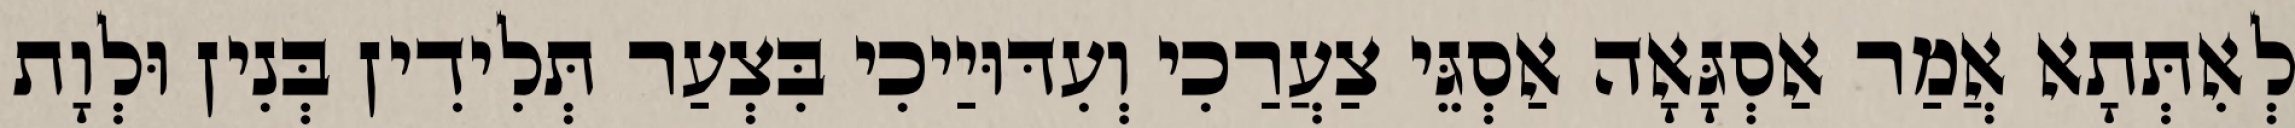
לְאִתְּתָא אֲמַר אַסְגָּאָה אַסְגֵּי צַעֲרַכִי וְעִדּוּיַיכִי בִּצְעַר תְּלִידִין בְּנִין וּלְוָת